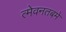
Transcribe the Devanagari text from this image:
त्मेवनतबमे